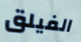
الفيلق